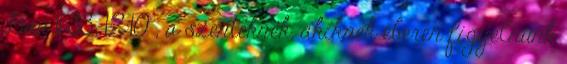
Dán 11:33; 12:10 , a szenteknek, akiknek éberen figyelnünk